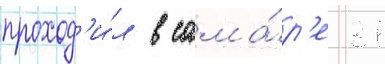
проход'и́л в сама́р'е 31